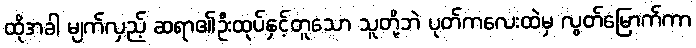
ထိုအခါ မျက်လှည့် ဆရာ၏ဦးထုပ်နှင့်တူသော သူတို့ဘဲ ပုတ်ကလေးထဲမှ လွတ်မြောက်ကာ